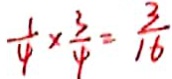
\frac { 1 } { 4 } \times \frac { 3 } { 4 } = \frac { 3 } { 1 6 }